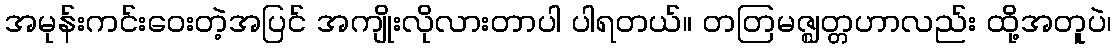
အမုန်းကင်းဝေးတဲ့အပြင် အကျိုးလိုလားတာပါ ပါရတယ်။ တတြမဇ္ဈတ္တဟာလည်း ထို့အတူပဲ၊